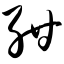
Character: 绀